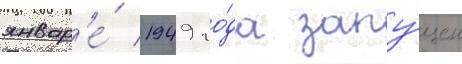
январ'е́ 1949 го́да запу́щен